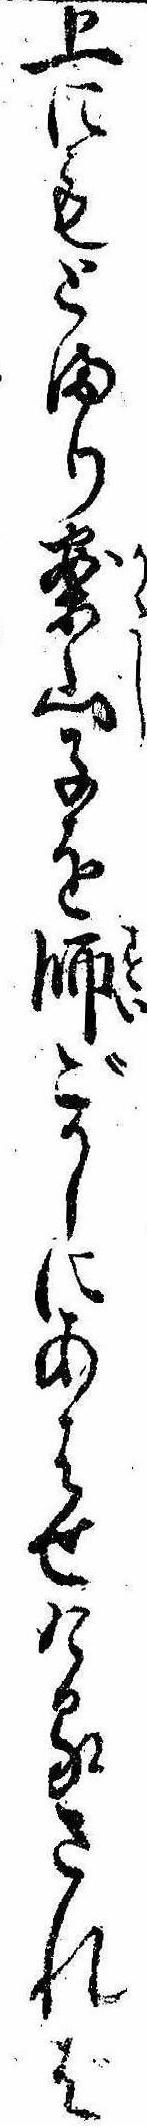
上にもとまり案山子を師ごかしにあはせけるされば